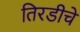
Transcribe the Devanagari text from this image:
तिरडीचे